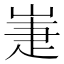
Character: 𡹈